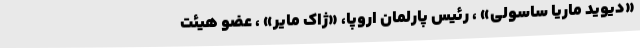
«دیوید ماریا ساسولی» ، رئیس پارلمان اروپا، «ژاک مایر» ، عضو هیئت